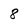
Character: 8